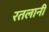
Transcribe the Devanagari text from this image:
रतलानी